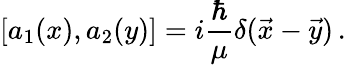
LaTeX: [a_{1}(x),a_{2}(y)]=i{\frac{\hbar}{\mu}}\delta(\vec{x}-\vec{y})\, .